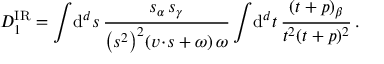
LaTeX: D _ { 1 } ^ { \mathrm { I R } } = \int \! \mathrm { d } ^ { d } s \, \frac { s _ { \alpha } \, s _ { \gamma } } { \big ( s ^ { 2 } \big ) ^ { 2 } ( v \! \cdot \! s + \omega ) \, \omega } \int \! \mathrm { d } ^ { d } t \, \frac { ( t + p ) _ { \beta } } { t ^ { 2 } ( t + p ) ^ { 2 } } \, .